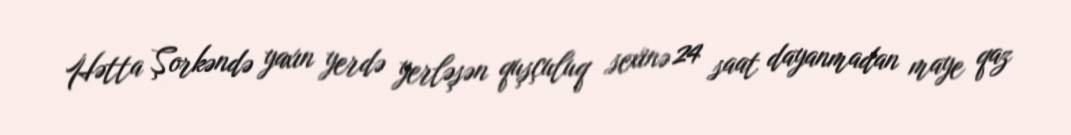
Hətta Şorkəndə yaxın yerdə yerləşən quşçuluq sexinə 24 saat dayanmadan maye qaz